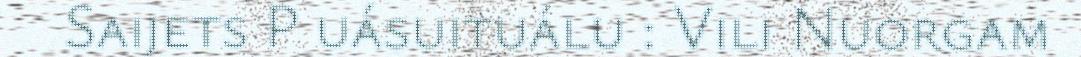
Saijets P uásuituálu : Vili Nuorgam